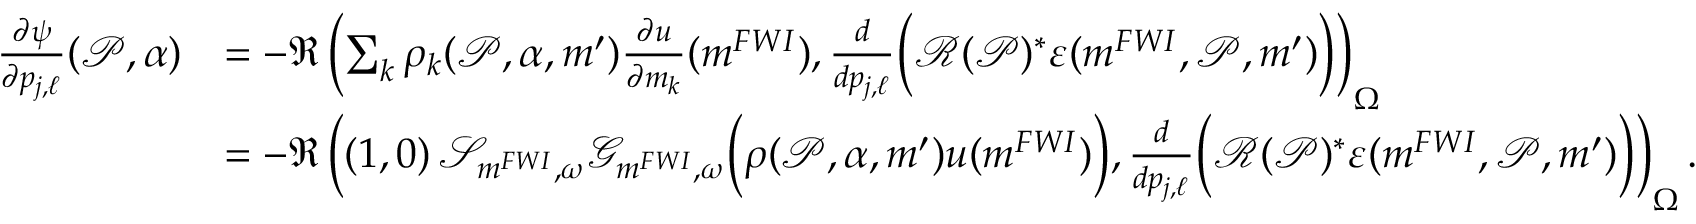
\begin{array} { r l } { \frac { \partial \psi } { \partial p _ { j , \ell } } ( \mathcal { P } , \alpha ) } & { = - \Re \left( \sum _ { k } \rho _ { k } ( \mathcal { P } , \alpha , \boldsymbol { m } ^ { \prime } ) \frac { \partial u } { \partial m _ { k } } ( \boldsymbol { m } ^ { F W I } ) , \frac { d } { d p _ { j , \ell } } \bigg ( \mathcal { R } ( \mathcal { P } ) ^ { * } \boldsymbol { \varepsilon } ( \boldsymbol { m } ^ { F W I } , \mathcal { P } , \boldsymbol { m } ^ { \prime } ) \bigg ) \right) _ { \Omega } } \\ & { = - \Re \left( ( 1 , 0 ) \, \mathscr { S } _ { \boldsymbol { m } ^ { F W I } , \omega } \mathcal { G } _ { \boldsymbol { m } ^ { F W I } , \omega } \bigg ( \rho ( \mathcal { P } , \alpha , \boldsymbol { m } ^ { \prime } ) u ( \boldsymbol { m } ^ { F W I } ) \bigg ) , \frac { d } { d p _ { j , \ell } } \bigg ( \mathcal { R } ( \mathcal { P } ) ^ { * } \boldsymbol { \varepsilon } ( \boldsymbol { m } ^ { F W I } , \mathcal { P } , \boldsymbol { m } ^ { \prime } ) \bigg ) \right) _ { \Omega } . } \end{array}